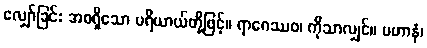
လျှော်ခြင်း အစရှိသော ပရိယာယ်တို့ဖြင့်။ ရာဂေဿဝ၊ ကိုသာလျှင်။ ပဟာနံ၊